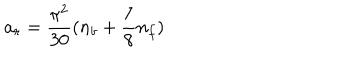
LaTeX: a _ { r } = { \frac { \pi ^ { 2 } } { 3 0 } } ( n _ { b } + { \frac { 7 } { 8 } } n _ { f } )